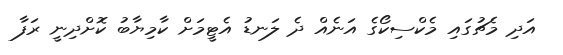
އަދި މެޗުގައި މެކްސިކޯގެ އަނެއް ދެ ލަނޑު އެޓީމަށް ކާމިޔާބު ކޮށްދިނީ ރަފާ